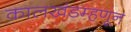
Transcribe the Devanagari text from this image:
कालखंडम्हणून